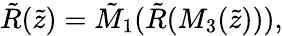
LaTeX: {\tilde{R}}({\tilde{z}})={\tilde{M}}_{1}({\tilde{R}}(M_{3}({\tilde{z}}))),